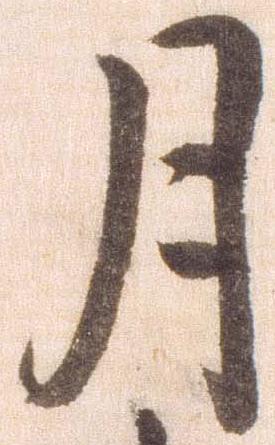
月